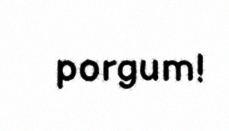
porgum!